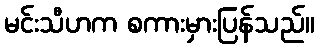
မင်းသီဟက စကားမှားပြန်သည်။